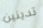
تدينين